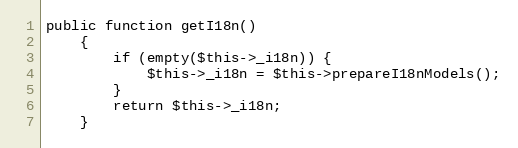
Language: PHP
public function getI18n()
    {
        if (empty($this->_i18n)) {
            $this->_i18n = $this->prepareI18nModels();
        }
        return $this->_i18n;
    }